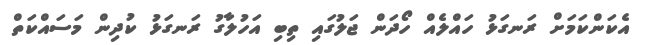
އެކަންކަމަށް ރަނގަޅު ހައްލެއް ހޯދަން ޖަލުގައި ތިބި އަހުލާގު ރަނގަޅު ކުދިން މަސައްކަތް